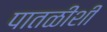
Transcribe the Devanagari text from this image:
पातळीशीं